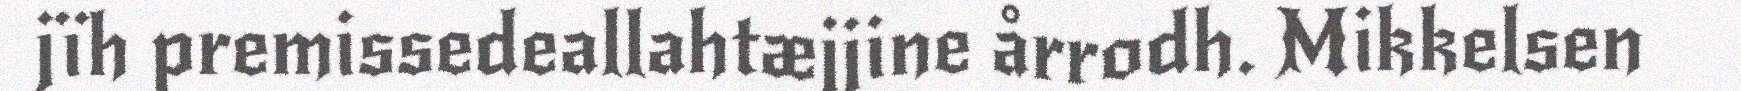
jïh premissedeallahtæjjine årrodh. Mikkelsen